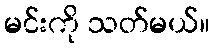
မင်းကို သတ်မယ်။